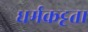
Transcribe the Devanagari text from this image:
धर्मकट्टता